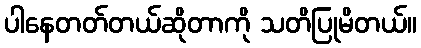
ပါနေတတ်တယ်ဆိုတာကို သတိပြုမိတယ်။